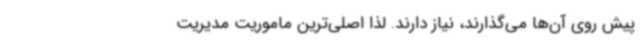
پیش روی آن‌ها می‌گذارند، نیاز دارند. لذا اصلی‌ترین ماموریت مدیریت